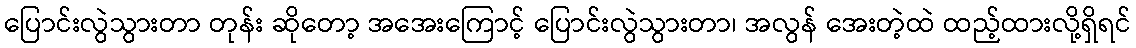
ပြောင်းလွဲသွားတာ တုန်း ဆိုတော့ အအေးကြောင့် ပြောင်းလွဲသွားတာ၊ အလွန် အေးတဲ့ထဲ ထည့်ထားလို့ရှိရင်